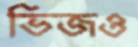
ভিজও